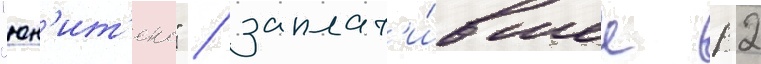
"юн'ит'екс" / заплат'и́вшее 12